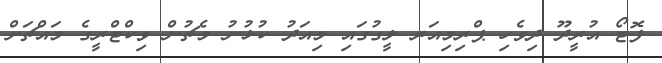
ފޮޓޯ އުރީދޫ ދިވެހި ޕްރިމިއަރ ލީގުގައި މިއަދު ކުޅުނު މެޗުން ވިކްޓްރީގެ މައްޗަށް